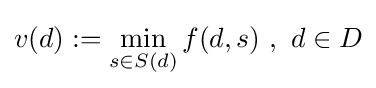
v(d):=\min _{s\in S(d)}f(d,s)\ ,\ d\in D